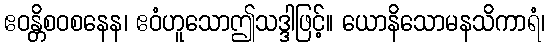
ဧဝန္တိစဝစနေန၊ ဧဝံဟူသောဤသဒ္ဒါဖြင့်။ ယောနိသောမနသိကာရံ၊